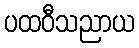
ပထဝီသညာယ